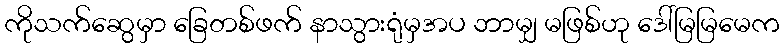
ကိုသက်ဆွေမှာ ခြေတစ်ဖက် နာသွားရုံမှအပ ဘာမျှ မဖြစ်ဟု ဒေါ်မြမြမေက